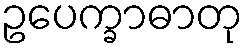
ဥပေက္ခာဓာတု